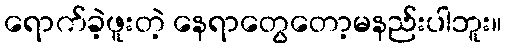
ရောက်ခဲ့ဖူးတဲ့ နေရာတွေတော့မနည်းပါဘူး။